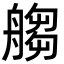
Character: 䑼